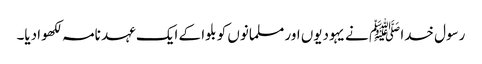
رسول خدا ﷺ نے یہودیوں اور مسلمانوں کو بلوا کے ایک عہد نامہ لکھوادیا۔